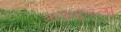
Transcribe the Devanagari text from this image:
आवडलेला